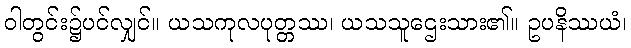
ဝါတွင်း၌ပင်လျှင်။ ယသကုလပုတ္တဿ၊ ယသသူဌေးသား၏။ ဥပနိဿယံ၊